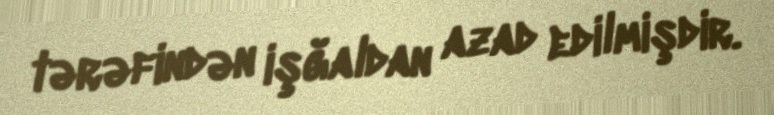
tərəfindən işğaldan azad edilmişdir.